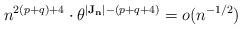
LaTeX: \begin{align*}n^{2(p+q)+4}\cdot \theta^{|\mathbf{J_n}|-(p+q+4)} = o(n^{-1/2})\end{align*}